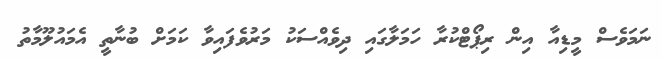
ނަމަވެސް މީޑިއާ އިން ރިޕޯޓްކުރާ ހަމަލާގައި ދިވެއްސަކު މަރުވެފައިވާ ކަމަށް ބުނާތީ އެމައުލޫމާތު